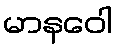
မာနဝေါ